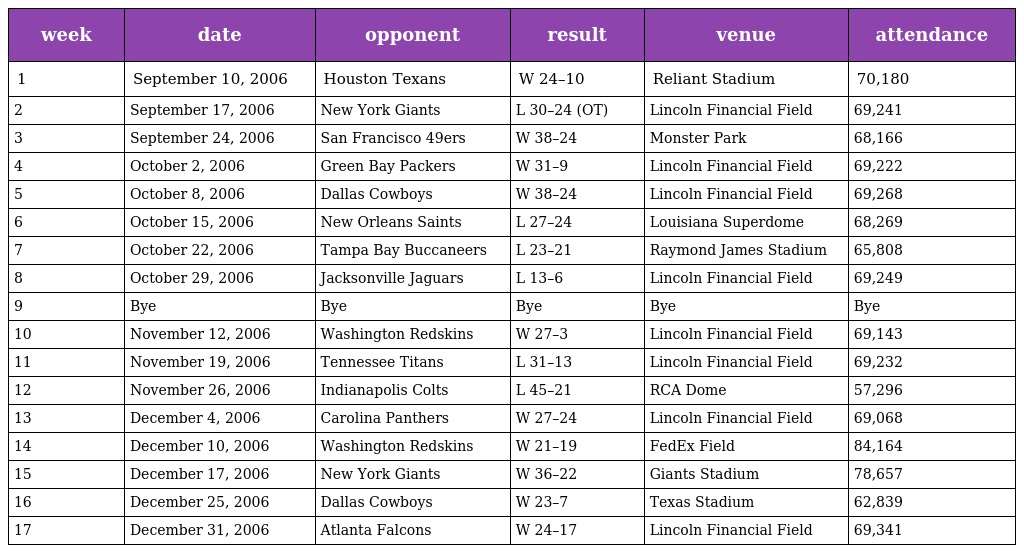
| week | date | opponent | result | venue | attendance |
 | --- | --- | --- | --- | --- | --- |
 | 1 | September 10, 2006 | Houston Texans | W 24–10 | Reliant Stadium | 70,180 |
 | 2 | September 17, 2006 | New York Giants | L 30–24 (OT) | Lincoln Financial Field | 69,241 |
 | 3 | September 24, 2006 | San Francisco 49ers | W 38–24 | Monster Park | 68,166 |
 | 4 | October 2, 2006 | Green Bay Packers | W 31–9 | Lincoln Financial Field | 69,222 |
 | 5 | October 8, 2006 | Dallas Cowboys | W 38–24 | Lincoln Financial Field | 69,268 |
 | 6 | October 15, 2006 | New Orleans Saints | L 27–24 | Louisiana Superdome | 68,269 |
 | 7 | October 22, 2006 | Tampa Bay Buccaneers | L 23–21 | Raymond James Stadium | 65,808 |
 | 8 | October 29, 2006 | Jacksonville Jaguars | L 13–6 | Lincoln Financial Field | 69,249 |
 | 9 | Bye | Bye | Bye | Bye | Bye |
 | 10 | November 12, 2006 | Washington Redskins | W 27–3 | Lincoln Financial Field | 69,143 |
 | 11 | November 19, 2006 | Tennessee Titans | L 31–13 | Lincoln Financial Field | 69,232 |
 | 12 | November 26, 2006 | Indianapolis Colts | L 45–21 | RCA Dome | 57,296 |
 | 13 | December 4, 2006 | Carolina Panthers | W 27–24 | Lincoln Financial Field | 69,068 |
 | 14 | December 10, 2006 | Washington Redskins | W 21–19 | FedEx Field | 84,164 |
 | 15 | December 17, 2006 | New York Giants | W 36–22 | Giants Stadium | 78,657 |
 | 16 | December 25, 2006 | Dallas Cowboys | W 23–7 | Texas Stadium | 62,839 |
 | 17 | December 31, 2006 | Atlanta Falcons | W 24–17 | Lincoln Financial Field | 69,341 |